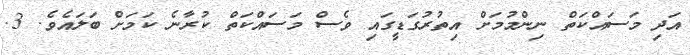
އަދި މަސައްކަތް ނިންމުމަށް އިތުރުގަޑީގައި ވެސް މަސައްކަތް ކުރާނެ ކަމަށް ބަލައެވެ. 3.